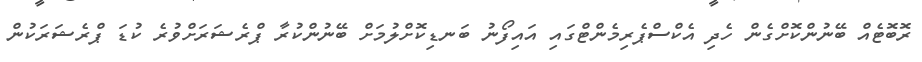
ރޮބޮޓެއް ބޭނުންކޮށްގެން ހެދި އެކްސްޕެރިމެންޓްގައި އައިފޯނު ބަނޑިކޮށްލުމަށް ބޭނުންކުރާ ޕްރެޝަރަށްވުރެ ކުޑަ ޕްރެޝަރަކުން